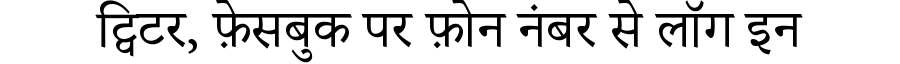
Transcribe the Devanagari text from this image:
ट्विटर, फ़ेसबुक पर फ़ोन नंबर से लॉग इन